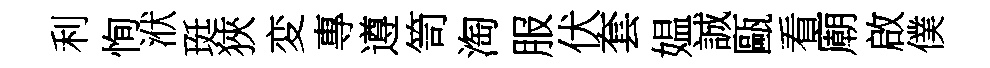
利恂洑珽狹変專遵笥淘服伏套媪誠甌看廟啟僕